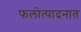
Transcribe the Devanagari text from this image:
फलोत्पादनात